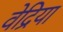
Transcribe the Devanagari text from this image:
वेद्रिया